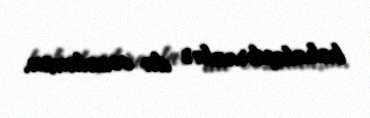
bahalaşdıranlar da cəzalansın.